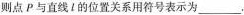
则点P与直线l的位置关系用符号表示为___.